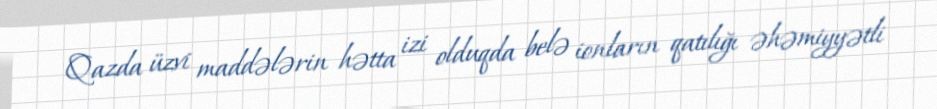
Qazda üzvi maddələrin hətta izi olduqda belə ionların qatılığı əhəmiyyətli